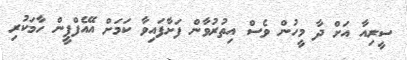
ސީރިއާ އަށް ދާ މީހުން ވެސް އިތުރުވާން ފަށާފައިވާ ކަމަށް އޭއެފްޕީން ހާމަކުރި